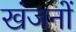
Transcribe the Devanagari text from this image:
खंजनों